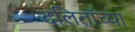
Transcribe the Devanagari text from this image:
दलिताॅच्या